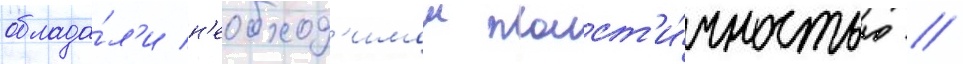
облада́л'и н'еобход'имои пласт'и́чностью //